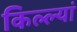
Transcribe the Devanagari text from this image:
किल्ल्यां